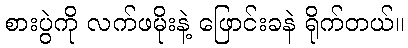
စားပွဲကို လက်ဖမိုးနဲ့ ဖြောင်းခနဲ ရိုက်တယ်။